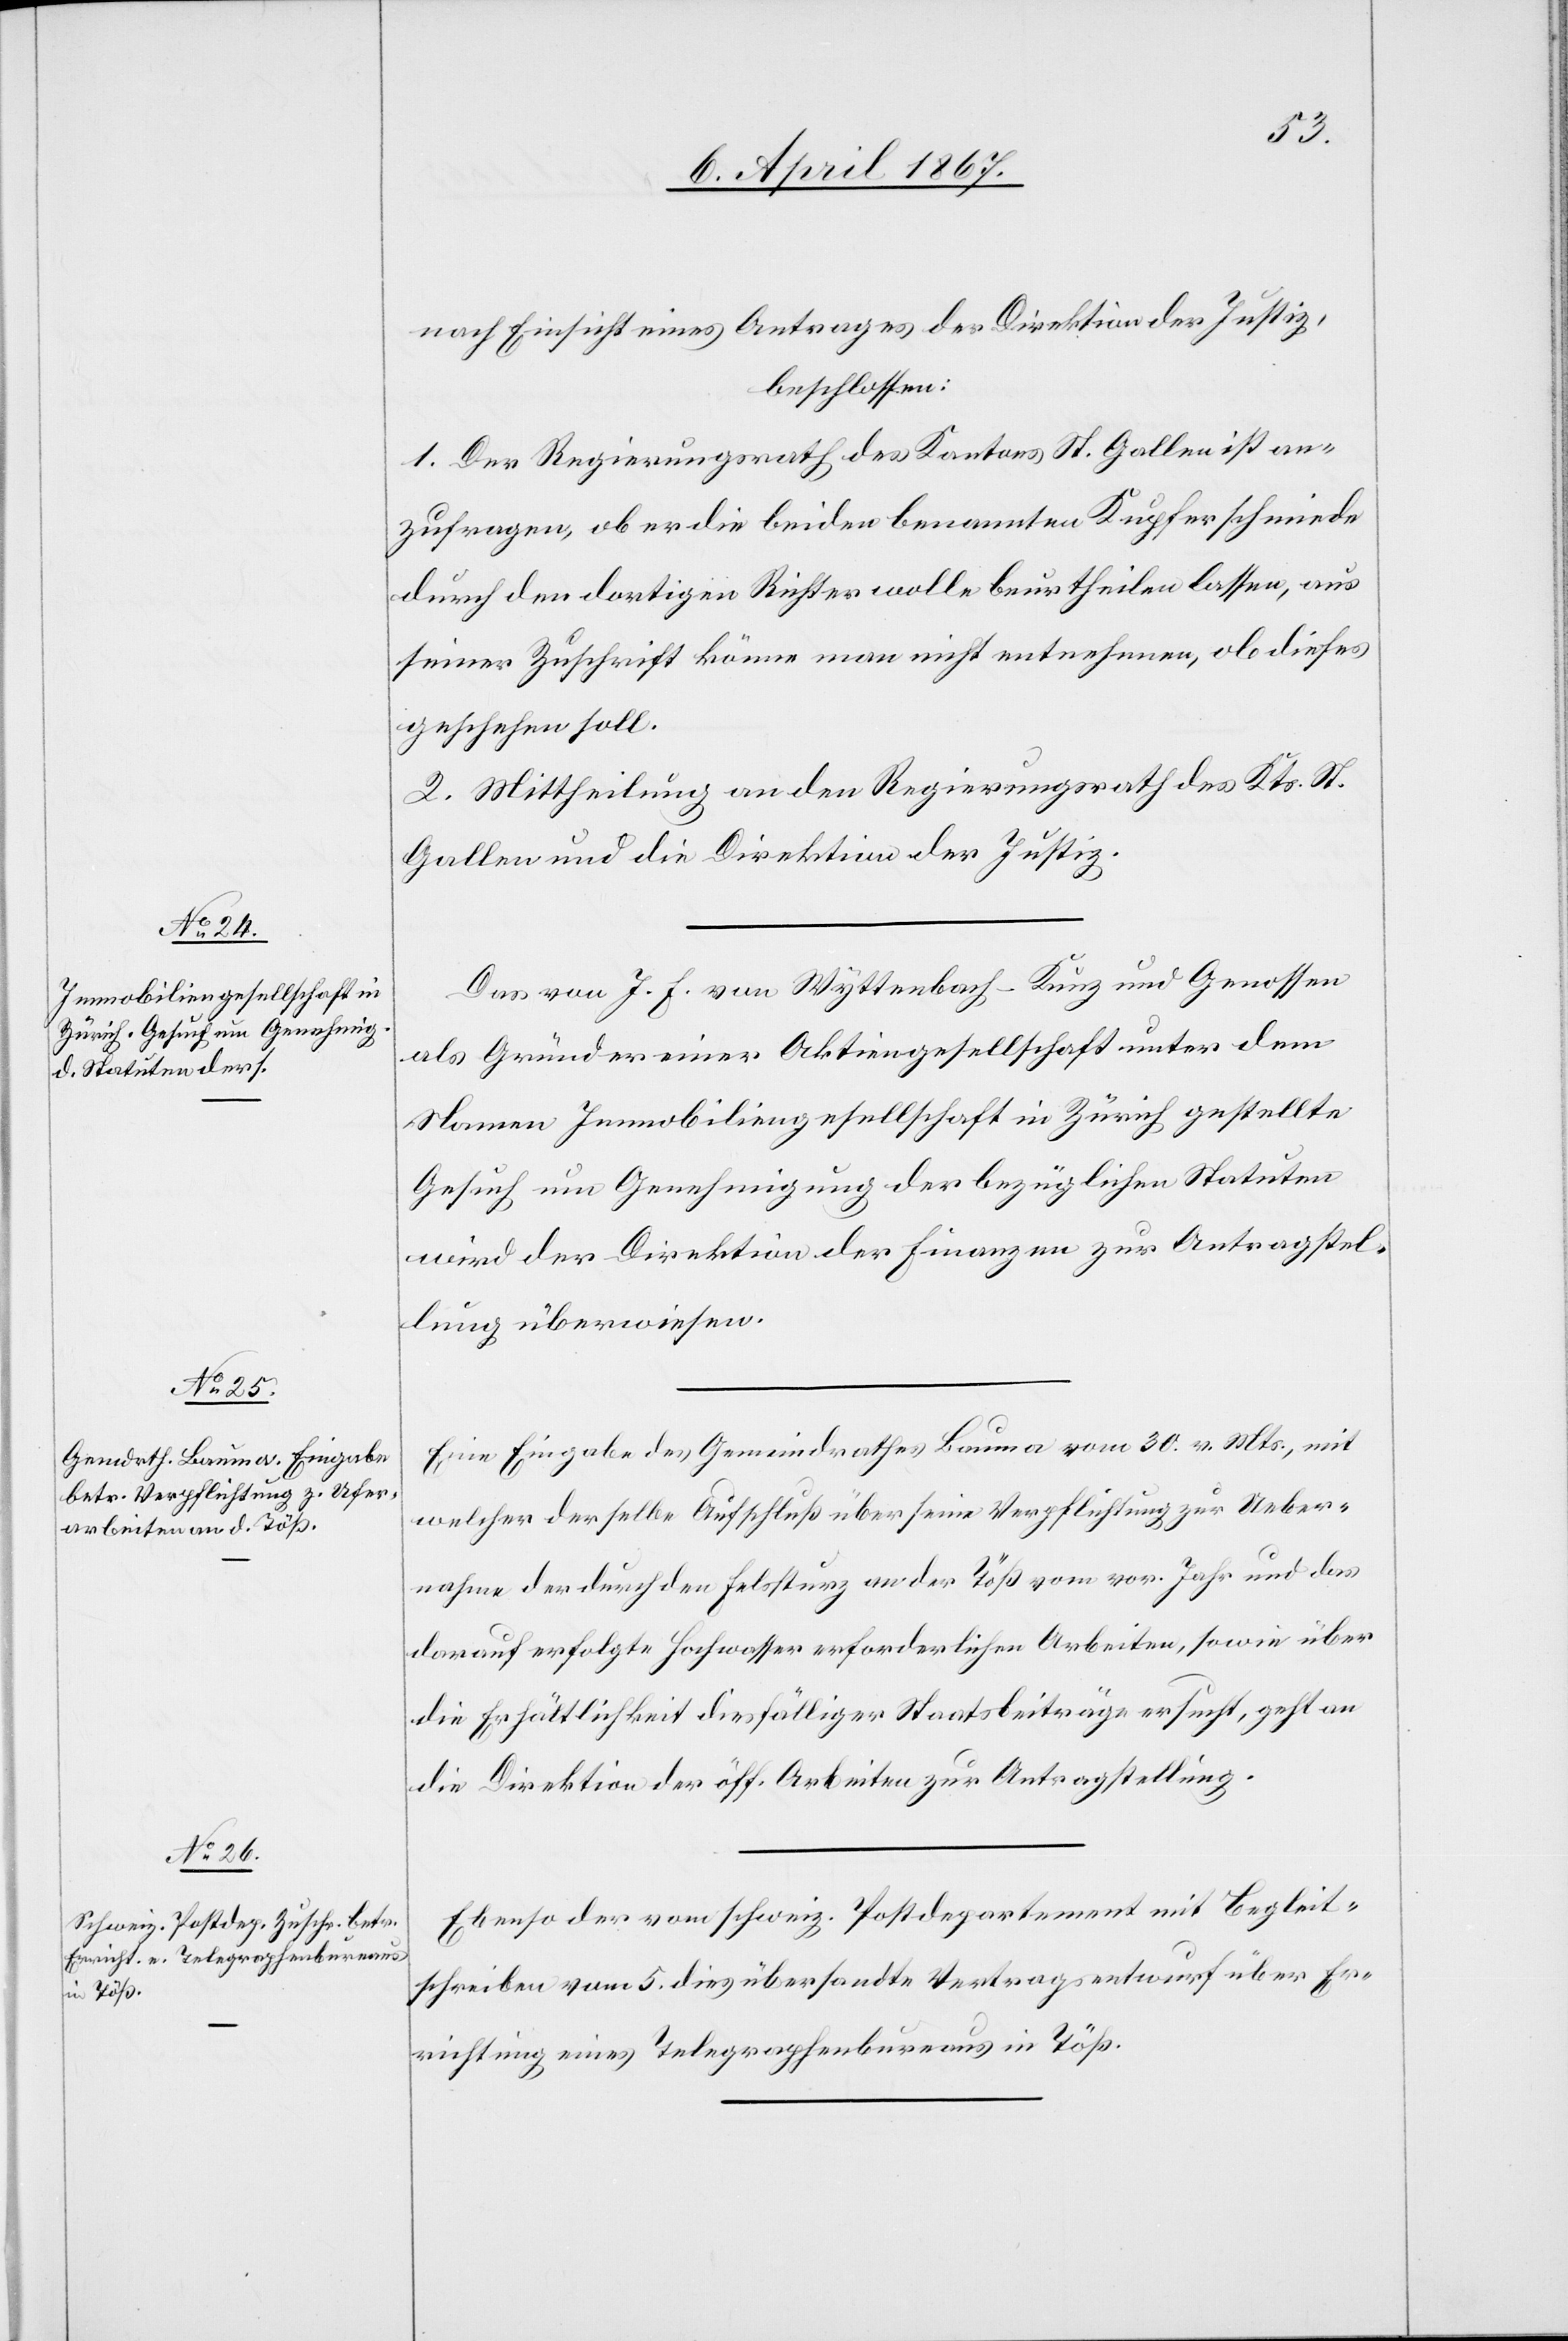
8. April 1867.]
nach Einsicht eines Antrages der Direktion der Justiz,
beschlossen:
1. Der Regierungsrath des Kantons St. Gallen ist an¬
zufragen, ob er die beiden benannten Kupferschmiede
durch den dortigen Richter wolle beurtheilen lassen, aus
seiner Zuschrift könne man nicht entnehmen, ob dieses
geschehen soll.
2. Mittheilung an den Regierungsrath des Kts. St.
Gallen und die Direktion der Justiz.
Das von J. H. von Wyttenbach-Kunz und Genossen
als Gründer einer Aktiengesellschaft unter dem
Namen Immobiliengesellschaft in Zürich gestellte
Gesuch um Genehmigung der bezüglichen Statuten
wird der Direktion der Finanzen zur Antragstel¬
lung überwiesen.
Eine Eingabe des Gemeindrathes Bauma vom 30. v. Mts., mit
welcher derselbe Aufschluß über seine Verpflichtung zur Ueber¬
nahme der durch den Felssturz an der Töß vom vor. Jahr und das
darauf erfolgte Hochwasser erforderlichen Arbeiten, sowie über
die Erhältlichkeit diesfälliger Staatsbeiträge ersucht, geht an
die Direktion der öff. Arbeiten zur Antragstellung.
Ebenso der vom schweiz. Postdepartement mit Begleit¬
schreiben vom 5. dies übersandte Vertragsentwurf über Er¬
richtung eines Telegraphenbureaus in Töß.